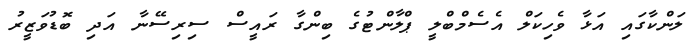
ލަންކާގައި އަޅާ ވެހިކަލް އެސެމްބްލީ ޕްލާންޓުގެ ބިންގާ ރައީސް ސިރިސޭނާ އަދި ބޮޑުވަޒީރު